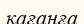
қағанға